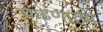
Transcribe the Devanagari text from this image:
धाडणार्‍या